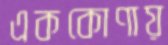
এককোণায়